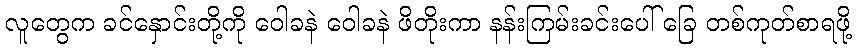
လူတွေက ခင်နှောင်းတို့ကို ဝေါခနဲ ဝေါခနဲ ဖိတိုးကာ နန်းကြမ်းခင်းပေါ် ခြေ တစ်ကုတ်စာရဖို့